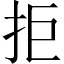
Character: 拒